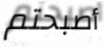
أصبحتم